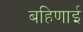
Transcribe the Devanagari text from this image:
बहिणाई